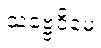
သဗ္ဗေဝိမေ